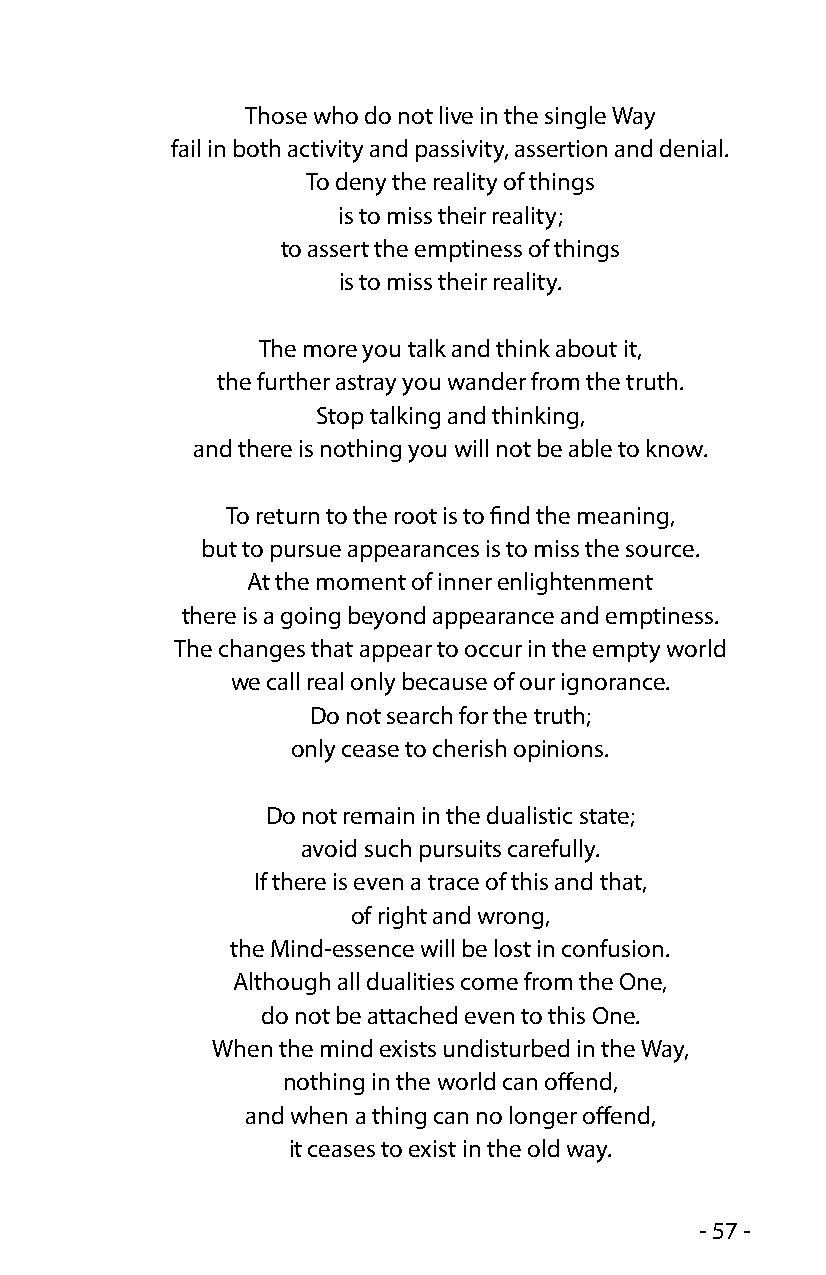
Those who do not live in the single Way
 fail in both activity and passivity, assertion and denial.
 To deny the reality of things
 is to miss their reality;
 to assert the emptiness of things
 is to miss their reality.
 The more you talk and think about it,
 the further astray you wander from the truth.
 Stop talking and thinking,
 and there is nothing you will not be able to know.
 To return to the root is to find the meaning,
 but to pursue appearances is to miss the source.
 At the moment of inner enlightenment
 there is a going beyond appearance and emptiness.
 The changes that appear to occur in the empty world
 we call real only because of our ignorance.
 Do not search for the truth;
 only cease to cherish opinions.
 Do not remain in the dualistic state;
 avoid such pursuits carefully.
 If there is even a trace of this and that,
 of right and wrong,
 the Mind-essence will be lost in confusion.
 Although all dualities come from the One,
 do not be attached even to this One.
 When the mind exists undisturbed in the Way,
 nothing in the world can offend,
 and when a thing can no longer offend,
 it ceases to exist in the old way.
 - 57 -